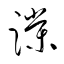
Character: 蹼